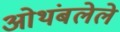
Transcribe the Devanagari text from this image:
ओथंबलेले